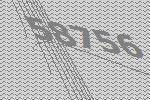
58756